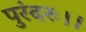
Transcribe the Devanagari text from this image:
पुरंदरः।।